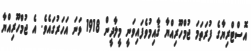
އޮސްޓްރިޔާގެ ފުރަތަމަ ޖުމްހޫރިއްޔާ ޤާއިމުވެފައިވަނީ މީލާދީން 1918 ވަނަ އަހަރުގައެވެ. އެ ޖުމްހޫރިއްޔާ